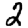
Digit: 2